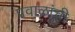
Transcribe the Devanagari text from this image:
प्रवाळांची